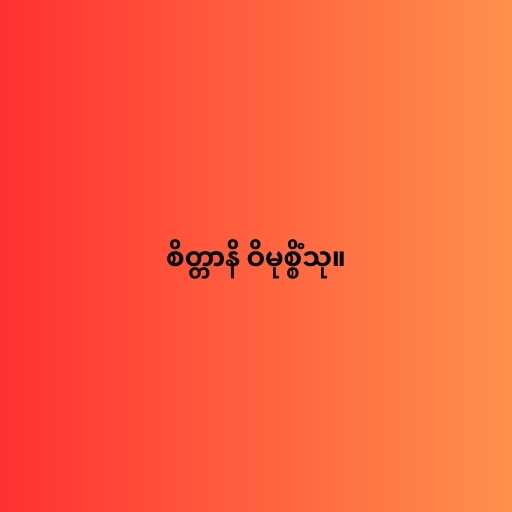
စိတ္တာနိ ဝိမုစ္စိံသု။